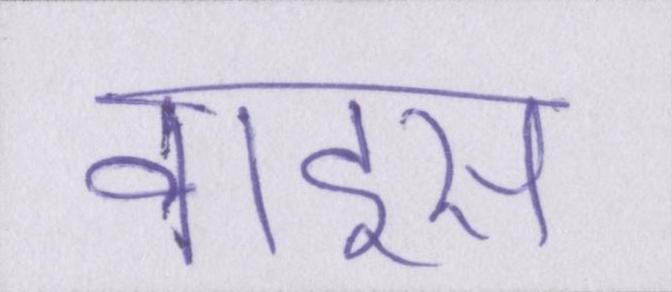
वाइस